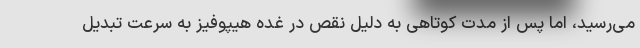
می‌رسید، اما پس از مدت کوتاهی به دلیل نقص در غده هیپوفیز به سرعت تبدیل